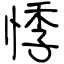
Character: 悸